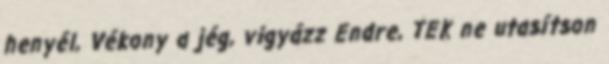
henyél, Vékony a jég, vigyázz Endre, TEK ne utasítson